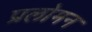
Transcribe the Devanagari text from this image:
प्रलोमन